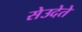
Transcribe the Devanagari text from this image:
सेउदेते